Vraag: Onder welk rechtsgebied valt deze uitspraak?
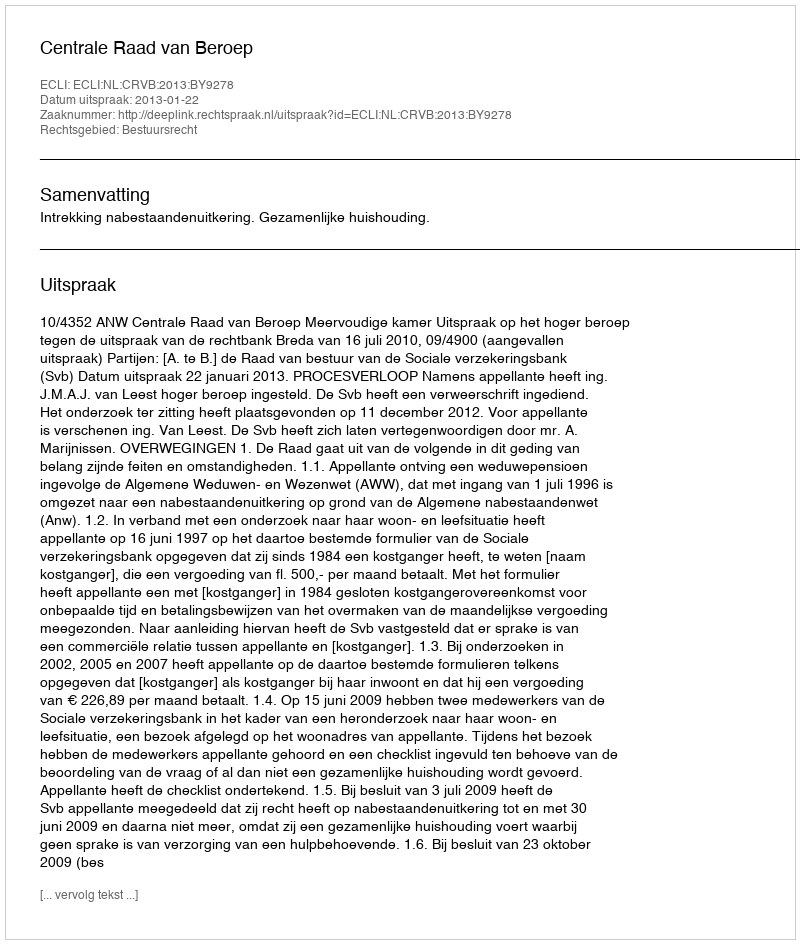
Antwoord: Bestuursrecht